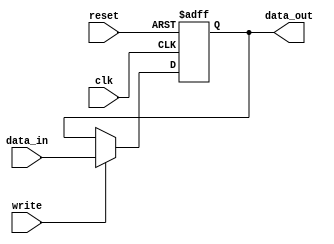
module dbg_register(data_in, data_out, write, clk, reset);

parameter WIDTH = 8; // default parameter of the register width
parameter RESET_VALUE = 0;

input [WIDTH-1:0] data_in;

input write;
input clk;
input reset;

output [WIDTH-1:0] data_out;
reg    [WIDTH-1:0] data_out;

always @ (posedge clk or posedge reset)
//always @ (posedge clk)
begin
  if(reset)
    data_out[WIDTH-1:0]<=#1 RESET_VALUE;
  else
    begin
      if(write)                         // write
        data_out[WIDTH-1:0]<=#1 data_in[WIDTH-1:0];
    end
end


endmodule